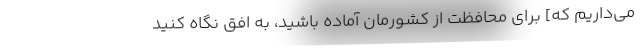
می‌داریم که] برای محافظت از کشورمان آماده باشید، به افق نگاه کنید